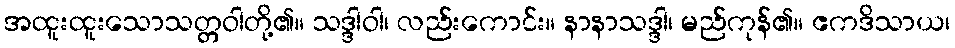
အထူးထူးသောသတ္တဝါတို့၏။ သဒ္ဒါဝါ၊ လည်းကောင်း။ နာနာသဒ္ဒါ၊ မည်ကုန်၏။ ဧကဒိသာယ၊